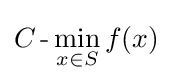
C\operatorname {-} \min _{x\in S}f(x)